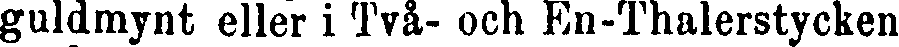
guldmynt eller i Två- och En-Thalerstycken